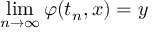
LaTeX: \operatorname* { l i m } _ { n \to \infty } \varphi ( t _ { n } , x ) = y